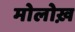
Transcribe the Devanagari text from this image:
मोलोख़